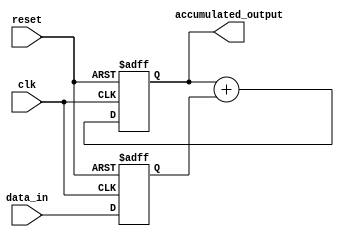
module CascadedAccumulator (
    input wire clk,
    input wire reset,
    input wire [7:0] data_in,
    output reg [15:0] accumulated_output
);

reg [7:0] data_in_reg;
reg [15:0] accumulator_reg;

always @(posedge clk or posedge reset) begin
    if (reset) begin
        data_in_reg <= 8'b0;
        accumulator_reg <= 16'b0;
    end else begin
        data_in_reg <= data_in;
        accumulator_reg <= accumulator_reg + data_in_reg;
    end
end

assign accumulated_output = accumulator_reg;

endmodule